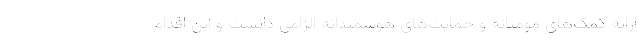
ارایه کمک‌های مومنانه و حمایت‌های هوشمندانه الزامی دانست و این اقدام